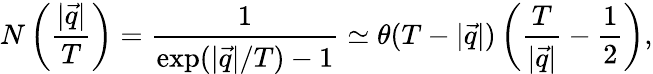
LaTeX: N\left(\frac{|\vec{q}|}{T}\right)=\frac{1}{\exp(|\vec{q}|/T)-1}\simeq\theta(T-|\vec{q}|)\left(\frac{T}{|\vec{q}|}-\frac 12\right),